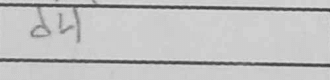
Transcription: d4